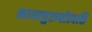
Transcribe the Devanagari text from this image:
काव्यपुरुषोत्पत्ति